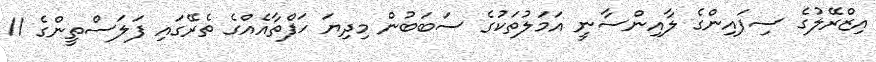
އިޒްރޭލުގެ ސިފައިންގެ ލާއިންސާނީ އަމަލުތަކުގެ ސަބަބުން މިދިޔަ ހަފްތާއެއްގެ ތެރޭގައި ފަލަސްތީންގެ 11